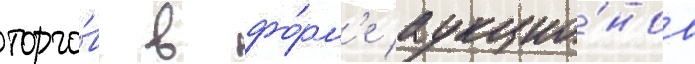
торго́в в фо́рм'е аукцио́нов